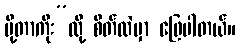
ပို့တာကိုး”လို့ စိတ်ထဲမှာ ဖြေပါတယ်။